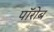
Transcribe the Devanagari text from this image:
पॉरोब